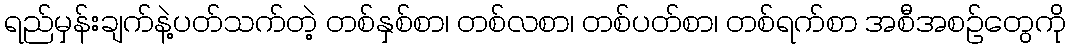
ရည်မှန်းချက်နဲ့ပတ်သက်တဲ့ တစ်နှစ်စာ၊ တစ်လစာ၊ တစ်ပတ်စာ၊ တစ်ရက်စာ အစီအစဉ်တွေကို